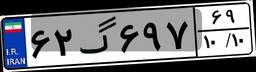
۵۵گ۷۷۳۴۸